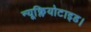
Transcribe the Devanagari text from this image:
न्यूक्लियोटाइड।